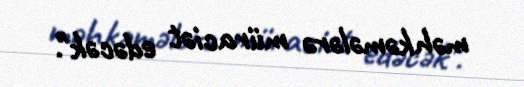
məhkəmələrə müraciət edəcək".